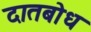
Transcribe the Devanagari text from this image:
दातबोध